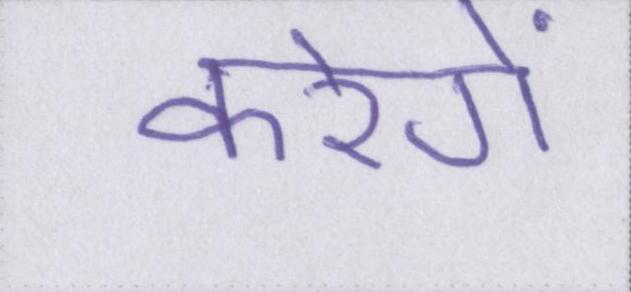
करेगें